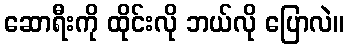
ဆောရီးကို ထိုင်းလို ဘယ်လို ပြောလဲ။